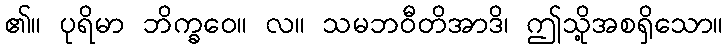
၏။ ပုရိမာ ဘိက္ခဝေ။ လ။ သမဘဝီတိအာဒိ၊ ဤသို့အစရှိသော။